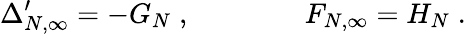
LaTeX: \Delta_{N,\infty}^{\prime}=-G_{N}\; ,\qquad\qquad F_{N,\infty}=H_{N}\; .